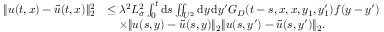
\begin{array} { r l } { \| u ( t , x ) - \widetilde { u } ( t , x ) \| _ { 2 } ^ { 2 } } & { \le \lambda ^ { 2 } L _ { \sigma } ^ { 2 } \int _ { 0 } ^ { t } \ensuremath { \mathrm { d } } s \iint _ { U ^ { 2 } } \ensuremath { \mathrm { d } } y \, \ensuremath { \mathrm { d } } y ^ { \prime } G _ { D } ( t - s , x , x , y _ { 1 } , y _ { 1 } ^ { \prime } ) f ( y - y ^ { \prime } ) } \\ & { \quad \times \| u ( s , y ) - \widetilde { u } ( s , y ) \| _ { 2 } \| u ( s , y ^ { \prime } ) - \widetilde { u } ( s , y ^ { \prime } ) \| _ { 2 } . } \end{array}